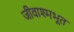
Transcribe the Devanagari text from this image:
जीवाश्मभूत